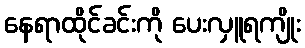
နေရာထိုင်ခင်းကို ပေးလှူရကျိုး